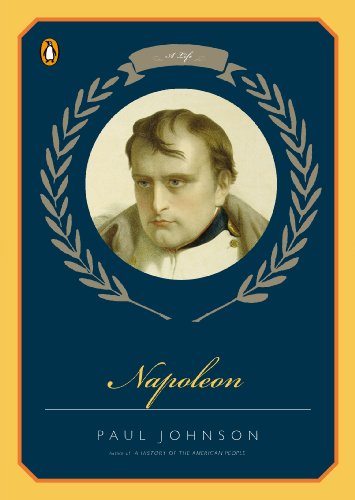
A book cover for Napoleon: A Life; Paul Johnson; History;